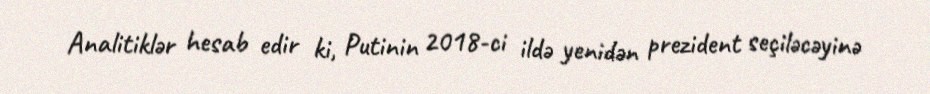
Analitiklər hesab edir ki, Putinin 2018-ci ildə yenidən prezident seçiləcəyinə